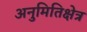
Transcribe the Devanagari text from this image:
अनुमितिक्षेत्र